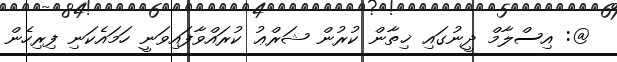
@: އިސްލާމް ދީނުގައި ޚިތާން ކުރުން ޝަރްޢު ކުރައްވާފައިވަނީ ހަމައެކަނި ފިރިހެން